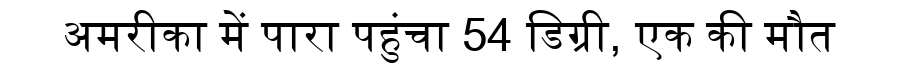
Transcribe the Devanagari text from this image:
अमरीका में पारा पहुंचा 54 डिग्री, एक की मौत